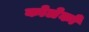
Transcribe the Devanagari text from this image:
कोलेको